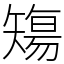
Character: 𥏻